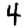
Digit: 4